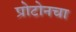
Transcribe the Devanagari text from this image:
प्रोटोनचा